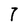
Character: 7